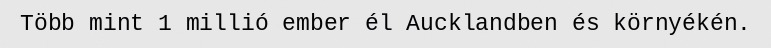
Több mint 1 millió ember él Aucklandben és környékén.